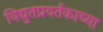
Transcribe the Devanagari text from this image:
विद्युतप्रवर्तकाच्या